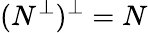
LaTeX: (N^{\bot})^{\bot}=N